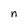
Character: n